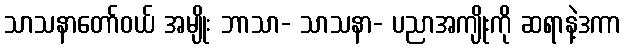
သာသနာတော်ဝယ် အမျိုး ဘာသာ- သာသနာ- ပညာအကျိုးကို ဆရာနဲ့ဒကာ